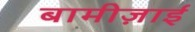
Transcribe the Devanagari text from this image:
बामीज़ाई